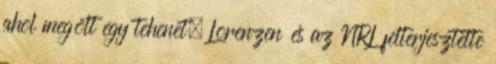
ahol megölt egy tehenet. Lorenzen és az NRL felterjesztette